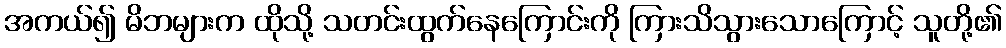
အကယ်၍ မိဘများက ထိုသို့ သတင်းထွက်နေကြောင်းကို ကြားသိသွားသောကြောင့် သူတို့၏